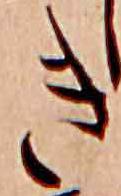
き